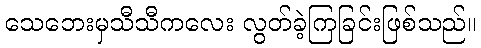
သေဘေးမှသီသီကလေး လွတ်ခဲ့ကြခြင်းဖြစ်သည်။